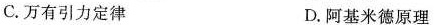
C.万有引力定律 D.阿基米德原理